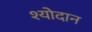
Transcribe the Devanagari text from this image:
श्योदान